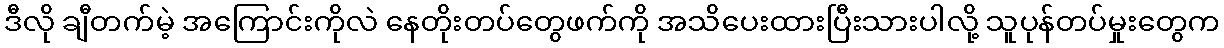
ဒီလို ချီတက်မဲ့ အကြောင်းကိုလဲ နေတိုးတပ်တွေဖက်ကို အသိပေးထားပြီးသားပါလို့ သူပုန်တပ်မှုးတွေက